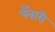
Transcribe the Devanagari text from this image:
पँवारी